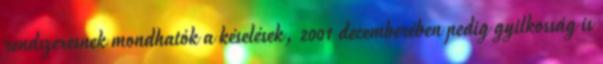
rendszeresnek mondhatók a késelések, 2001 decemberében pedig gyilkosság is